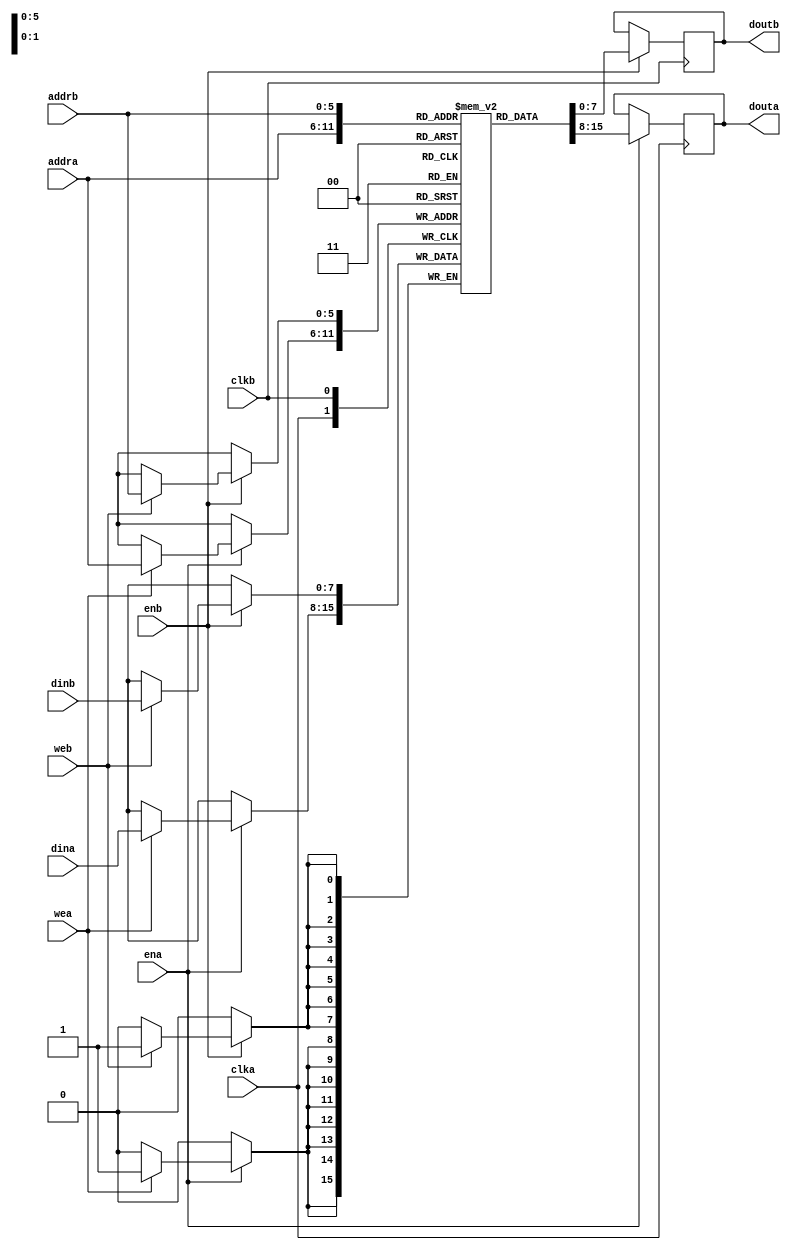
// See LICENSE for license details.

// Infers parameterized block RAM from behavioral syntax. Based off an
// example by Eric Johnson and Prof. Derek Chiou at UT Austin (see
// http://users.ece.utexas.edu/~derek/code/BRAM.v). Tested by
// inspection of simulated RTL schematic as this successfully infers
// block RAM.

`timescale 1ns/1ps
module ram_infer
  #(
    parameter
    WIDTH = 8,
    DEPTH = 64,
    LG_DEPTH = 6,
    INIT_VAL = 8'd0
    )
  (
   input                  clka, clkb, wea, web, ena, enb,
   input [LG_DEPTH-1:0]   addra, addrb,
   input [WIDTH-1:0]      dina, dinb,
   output reg [WIDTH-1:0] douta, doutb
   );

  reg [WIDTH-1:0]         ram [DEPTH-1:0];
  reg [WIDTH-1:0]         doa, dob;

  genvar                  i;

  generate
    for (i=0; i<DEPTH; i=i+1) begin: gen_init
      initial begin
        ram[i]  = INIT_VAL;
      end
    end
  endgenerate

  always @(posedge clka) begin
    if (ena) begin
      if (wea)
        ram[addra] <= dina;
      douta <= ram[addra];
    end
  end

  always @(posedge clkb) begin
    if (enb) begin
      if (web)
        ram[addrb] <= dinb;
      doutb <= ram[addrb];
    end
  end

endmodule